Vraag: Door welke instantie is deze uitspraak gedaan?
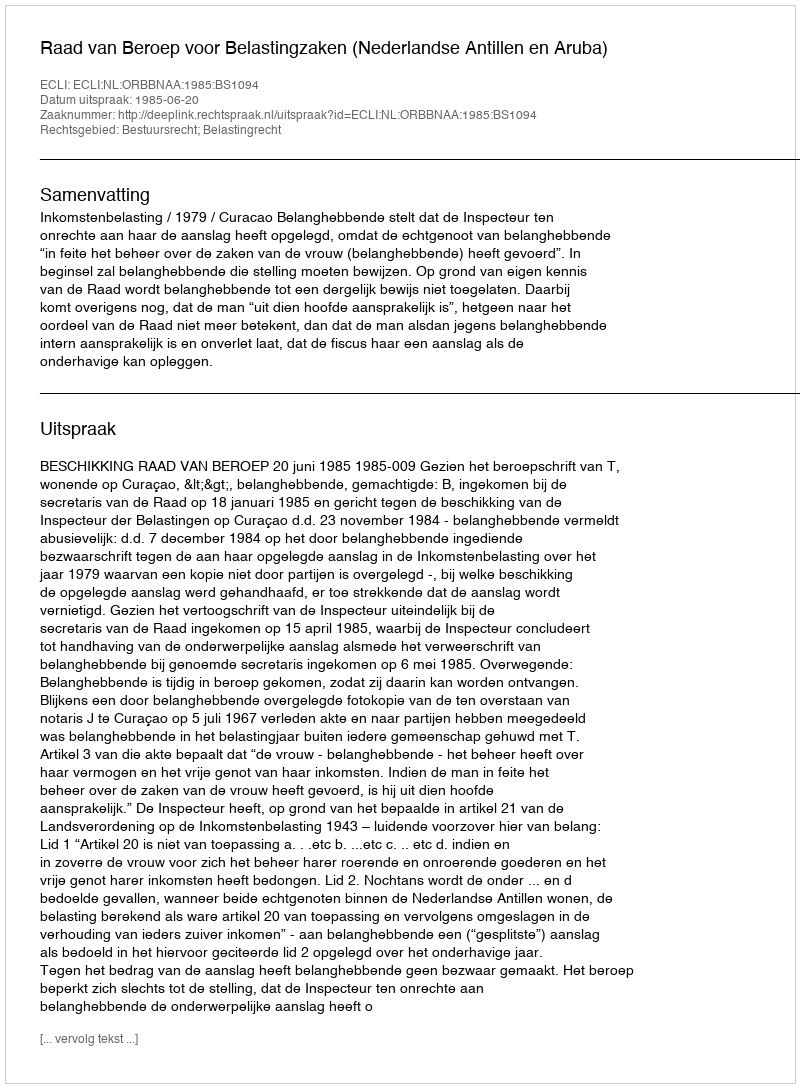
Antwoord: Raad van Beroep voor Belastingzaken (Nederlandse Antillen en Aruba)